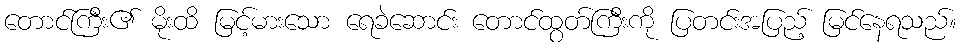
တောင်ကြီး၏ မိုးထိ မြင့်မားသော ရေခဲဆောင်း တောင်ထွတ်ကြီးကို ပြတင်းအပြည့် မြင်နေရသည်။